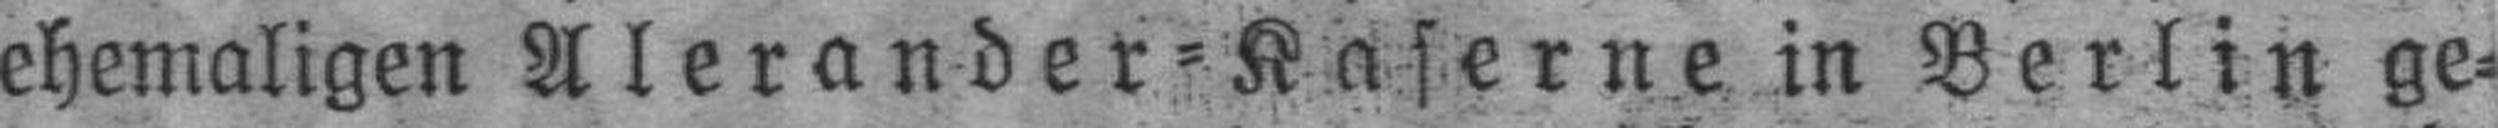
ehemaligen Alerander=Kaserne in Berlin ge¬